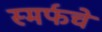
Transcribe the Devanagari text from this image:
स्मर्फचे